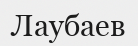
Лаубаев